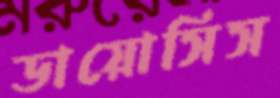
ডায়োসিস